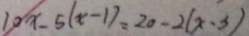
1 0 x - 5 ( x - 1 ) = 2 0 - 2 ( x - 3 )